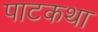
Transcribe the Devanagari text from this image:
पाटकथा